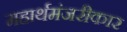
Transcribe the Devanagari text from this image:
महार्थमंजरीकार